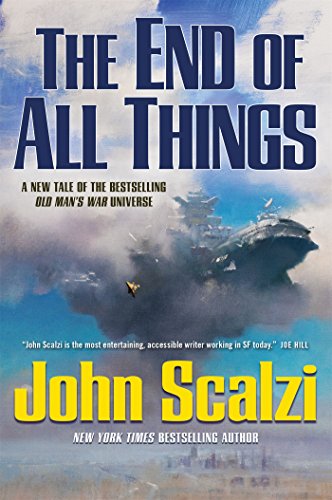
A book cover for The End of All Things (Old Man's War); John Scalzi; Science Fiction & Fantasy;